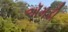
ઍમડી